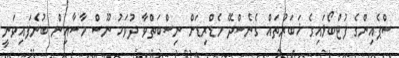
ސްޕެއިންގެ ފުޓްބޯޅައިގެ ޚަބަރުތައް ގެނެސްދޭ މެޑްރިޑަށް ނިސްބަތްވާ ދުވަހު ނޫސް މާސާއިން ބުނެފައިވަނީ